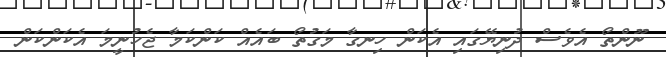
ނޫންތޯ އެވެސް ދުނިޔޭގައި އެކަން ހިނގާ މަގުތޯ ބައެއް ކަންކަމާ ޖެހުނީމަ އެކަންކަން